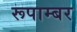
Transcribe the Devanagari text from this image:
रूपाम्बर